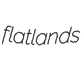
flatlands